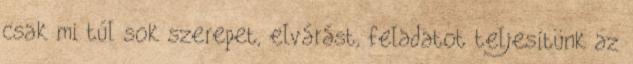
csak mi túl sok szerepet, elvárást, feladatot teljesítünk az